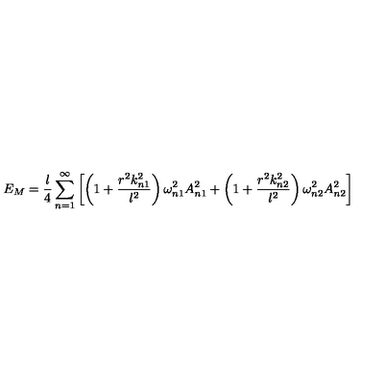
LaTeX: E _ { M } = \frac { l } { 4 } \sum _ { n = 1 } ^ { \infty } \left[ \left( 1 + \frac { r ^ { 2 } k _ { n 1 } ^ { 2 } } { l ^ { 2 } } \right) \omega _ { n 1 } ^ { 2 } A _ { n 1 } ^ { 2 } + \left( 1 + \frac { r ^ { 2 } k _ { n 2 } ^ { 2 } } { l ^ { 2 } } \right) \omega _ { n 2 } ^ { 2 } A _ { n 2 } ^ { 2 } \right]